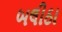
બલીઠા